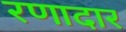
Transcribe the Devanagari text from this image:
रणादार